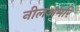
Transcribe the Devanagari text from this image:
नीलअमरि